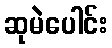
ဆုမဲပေါင်း